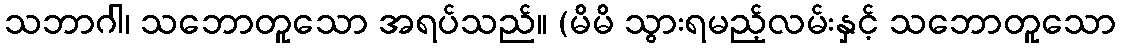
သဘာဂါ၊ သဘောတူသော အရပ်သည်။ (မိမိ သွားရမည့်လမ်းနှင့် သဘောတူသော